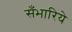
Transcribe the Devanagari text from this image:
सँभारिये